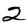
Digit: 2